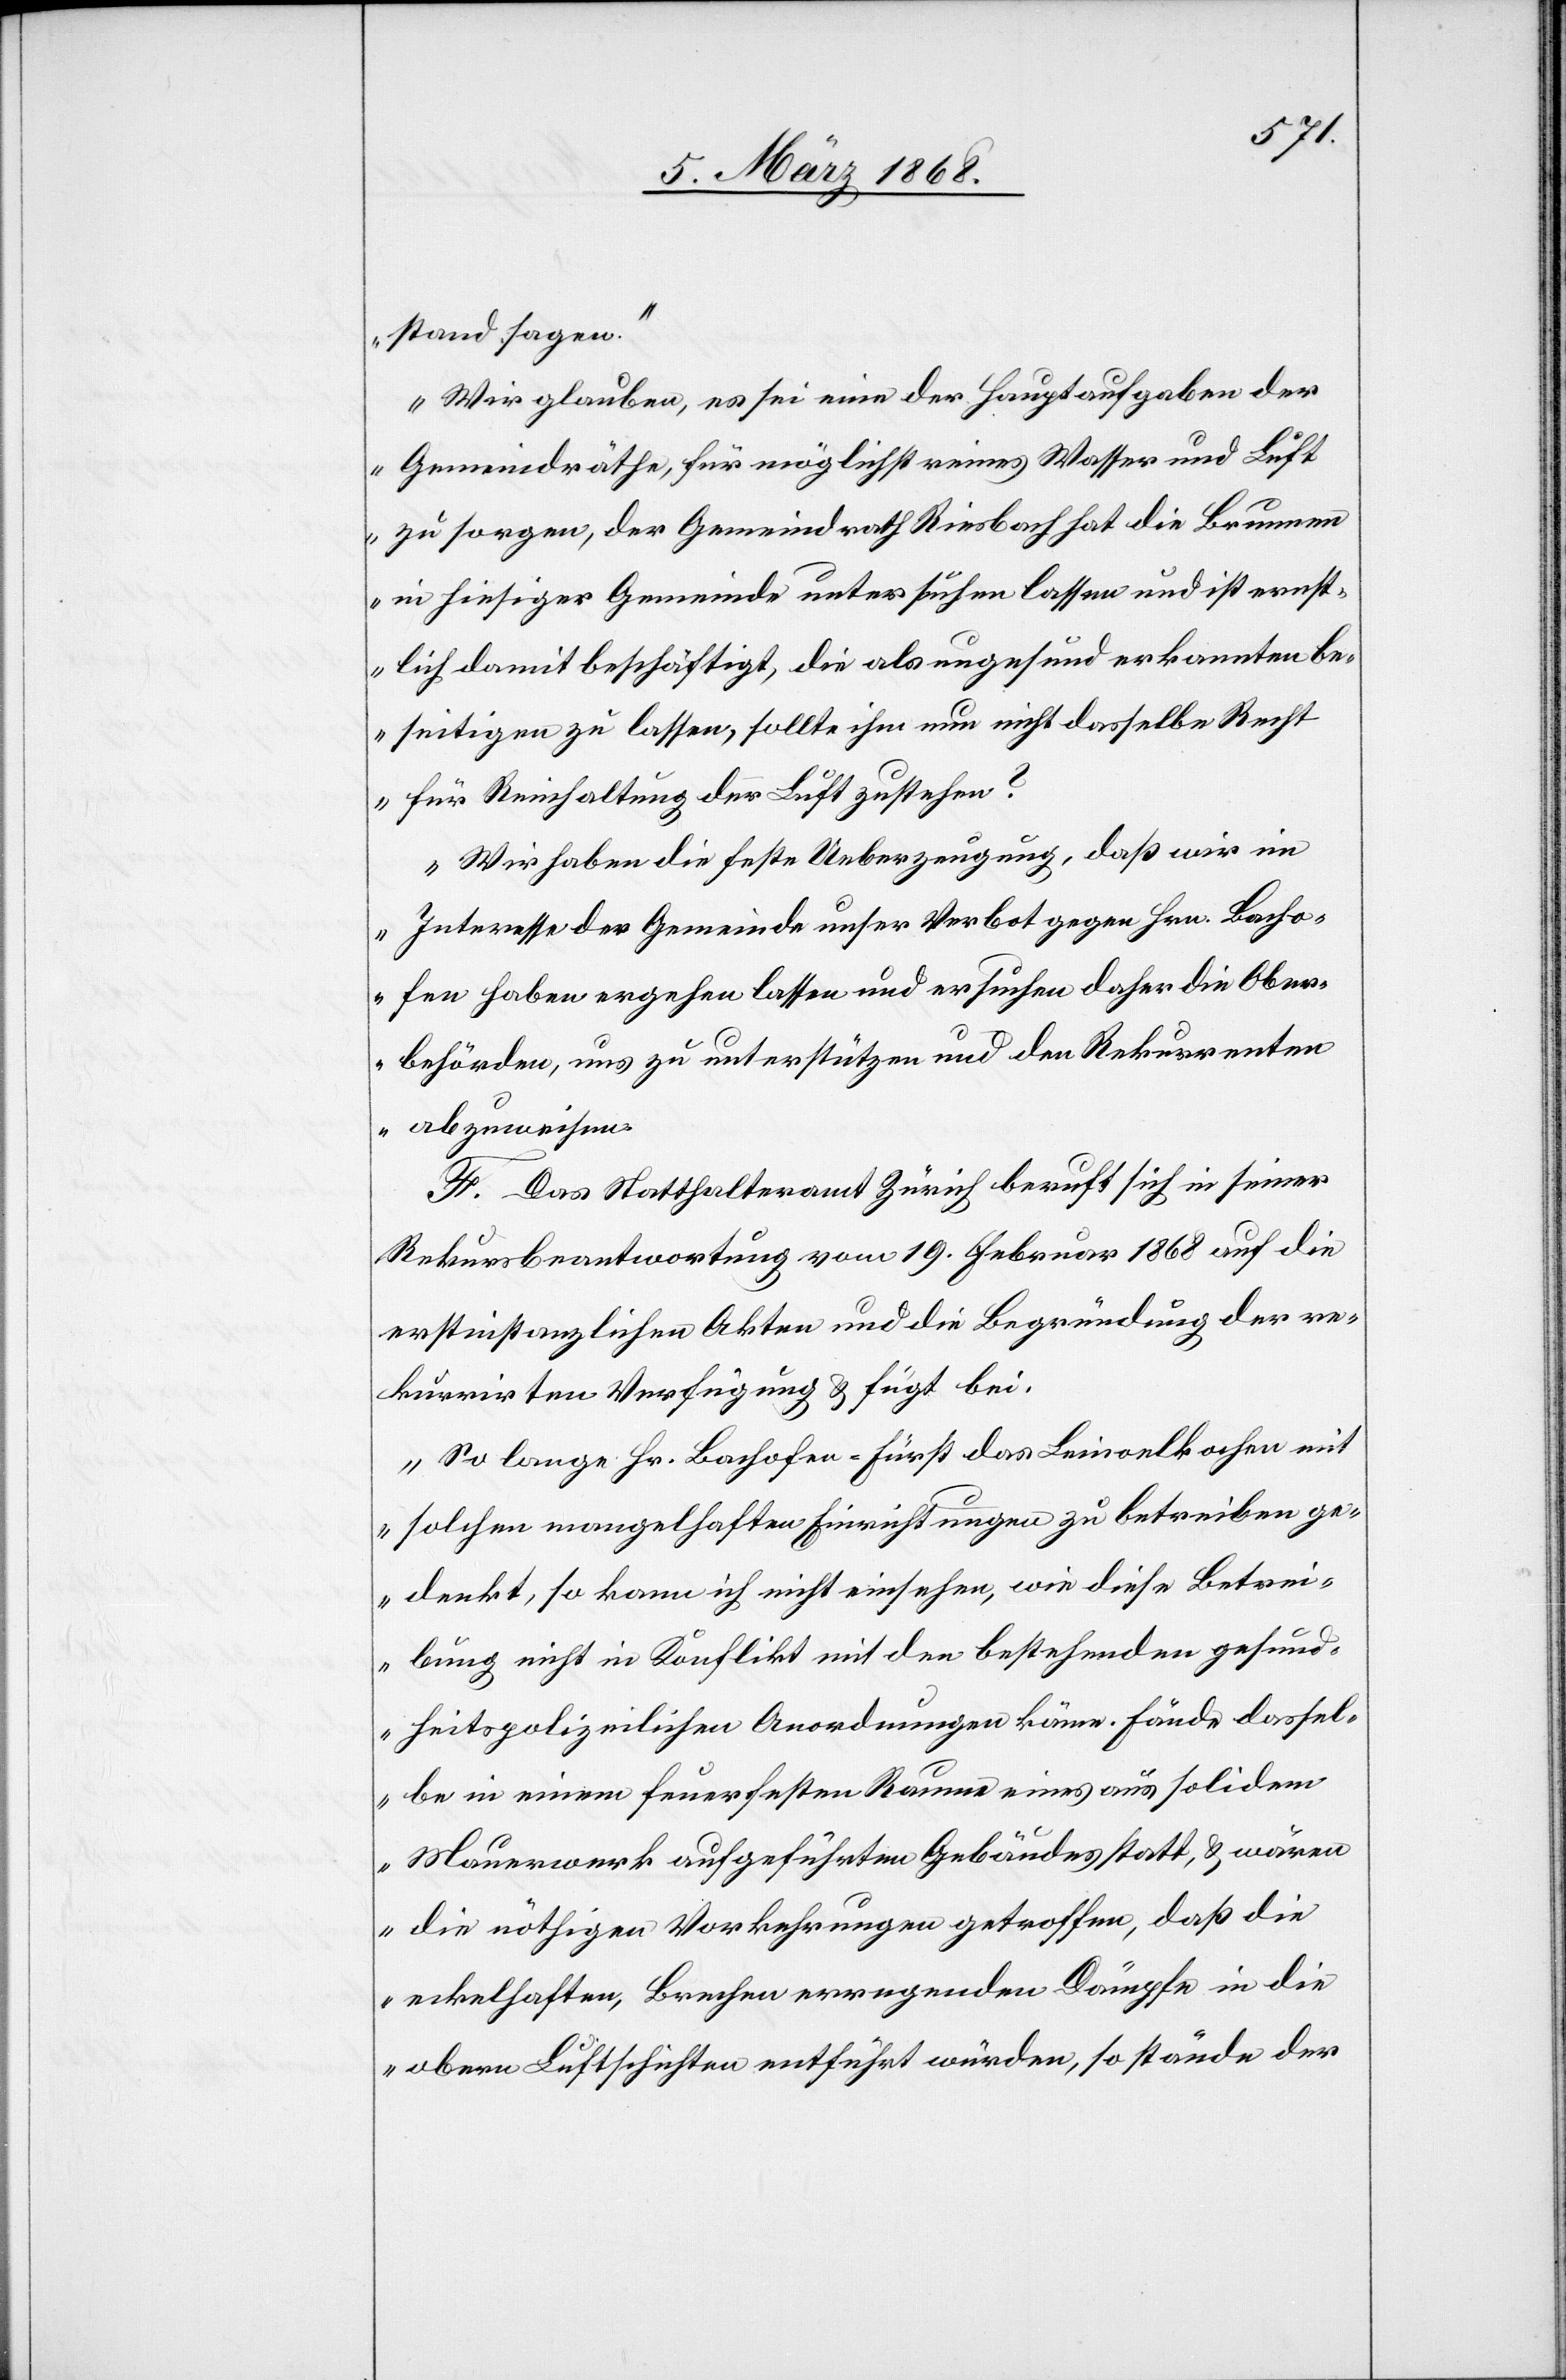
stand sagen.“
„Wir glauben, es sei eine der Hauptaufgaben der
Gemeindräthe, für möglichst reines Wasser und Luft
zu sorgen, der Gemeindrath Riesbach hat die Brunnen
in hiesiger Gemeinde untersuchen lassen und ist ernst¬
lich damit beschäftigt, die als ungesund erkannten be¬
seitigen zu lassen, sollte ihm nun nicht dasselbe Recht
für Reinhaltung der Luft zustehen?
Wir haben die feste Ueberzeugung, daß wir im
Interesse der Gemeinde unser Verbot gegen Hrn. Bacho¬
fen haben ergehen lassen und ersuchen daher die Ober¬
behörden, uns zu unterstützen und den Rekurrenten
F. Das Statthalteramt Zürich beruft sich in seiner
Rekursbeantwortung vom 19. Februar 1868 auf die
erstinstanzlichen Akten und die Begründung der re¬
kurrirten Verfügung & fügt bei.
„So lange Hr. Bachofen-Fürst das Leinoelkochen mit
solchen mangelhaften Einrichtungen zu betreiben ge¬
denkt, so kann ich nicht einsehen, wie diese Betrei¬
bung nicht in Konflikt mit den bestehenden gesund¬
heitspolizeilichen Anordnungen käme. Fände dassel¬
be in einem feuerfesten Raume eines aus solidem
Mauerwerk aufgeführten Gebäudes statt, & wären
die nöthigen Vorkehrungen getroffen, daß die
eckelhaften, Brechen erregenden Dämpfe in die
obern Luftschichten entführt würden, so stände der